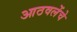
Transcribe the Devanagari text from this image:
आठवलेंचे